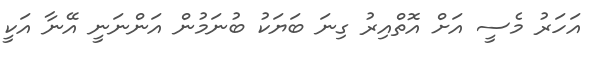
އަހަރު މެސީ އަށް އޮތްއިރު ގިނަ ބަޔަކު ބުނަމުން އަންނަނީ އޭނާ އަކީ